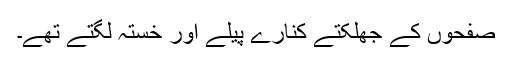
صفحوں کے جھلکتے کنارے پیلے اور خستہ لگتے تھے۔